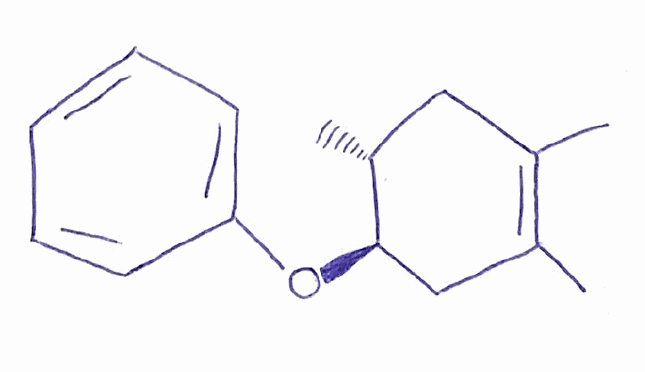
Simplified molecular-input line-entry system (SMILES) notation of the given molecule:
C[C@@H]1CC(=C(C[C@H]1OC2=CC=CC=C2)C)C